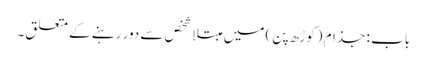
باب : جذام (کوڑھ پن) میں مبتلا شخص سے دور رہنے کے متعلق۔